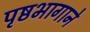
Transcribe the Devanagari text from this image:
पृष्ठभागाने